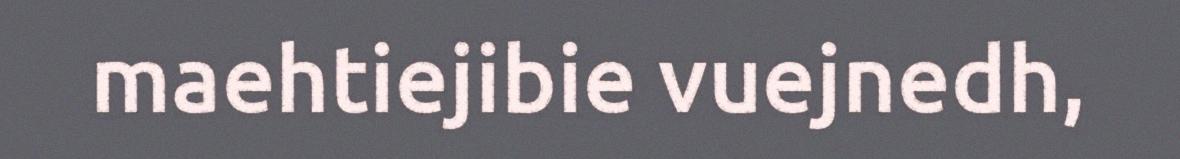
maehtiejibie vuejnedh,